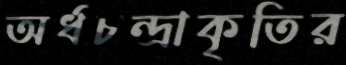
অর্ধচন্দ্রাকৃতির